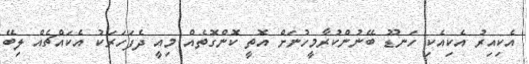
އެކިއިރު އެކިއެކި ހަނޑޫ ބޭނުންކުރާމީހުނަށް އޮތީ ކޮންގޮތެއް މިއީ ދެފަހަރަކު އެކައްޗެއް ލިބޭ